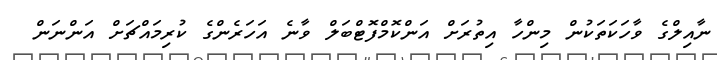
ނާއިލްގެ ވާހަކަތަކުން މިންހާ އިތުރަށް އަންކޮމްފޮޓްބަލް ވާނެ އަހަރެންގެ ކުރިމައްޗަށް އަންނަން